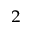
_ 2